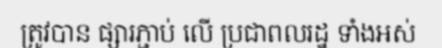
ត្រូវបាន ផ្សារភ្ជាប់ លើ ប្រជាពលរដ្ឋ ទាំងអស់